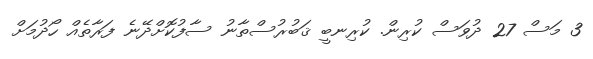
3 މަސް 27 ދުވަސް ކުރިން. ކުރިނބީ ޤަބުރުސްތާނު ސާފުކޮށްދޭނެ ފަރާތެއް ހޯދުމަށް